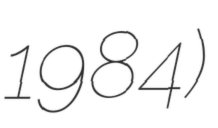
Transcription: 1984)